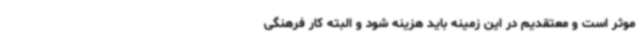
موثر است و معتقدیم در این زمینه باید هزینه شود و البته کار فرهنگی